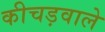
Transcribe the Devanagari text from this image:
कीचड़वाले